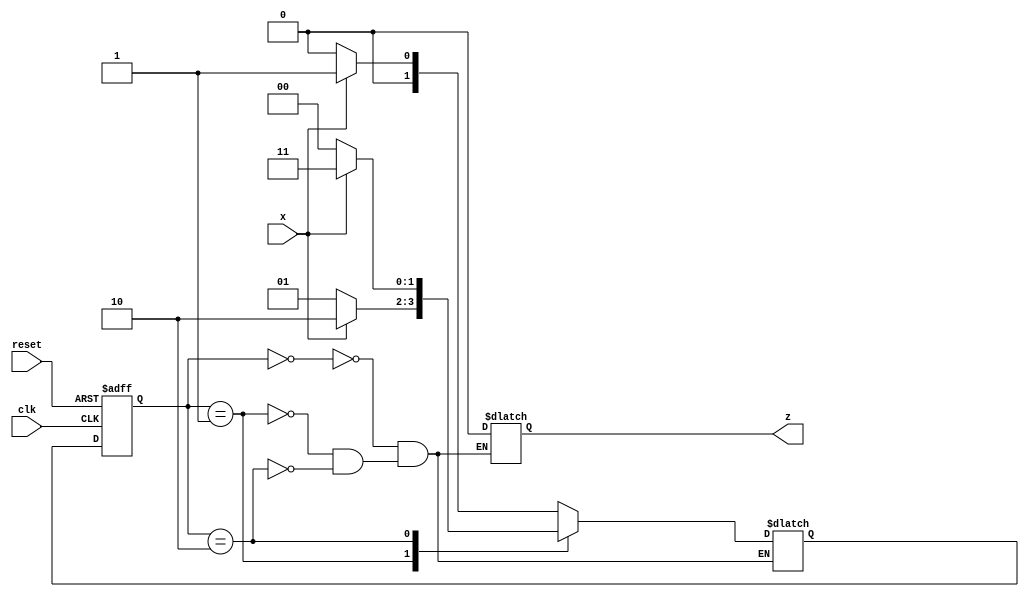
module mealy_1011(x,clk,reset,z);
input x,clk,reset;
output reg z;
parameter S0=2'b00, S1=2'b01, S2=2'b10, S3=2'b11;
reg[0:1]PS,NS;

always@(posedge clk or posedge reset)
begin
if(reset)
PS <= S0;
else
PS <= NS;
end
always@(PS or x)
begin
case (PS)
S0: begin
z=0;
NS= x?S1:S0;
end
S1:begin
z=0;
NS= x?S2:S1;
end
S2:begin
z=0;
NS= x?S3:S0;
end
S0:begin
z=x?1:0;
NS= x?S1:S2;
end
endcase
end
endmodule